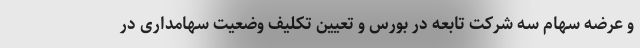
و عرضه سهام سه شرکت تابعه در بورس و تعیین تکلیف وضعیت سهامداری در